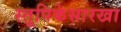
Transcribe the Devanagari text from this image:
स्तूपिकेसारखा